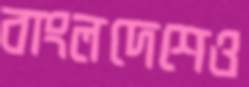
বাংলদেশেও